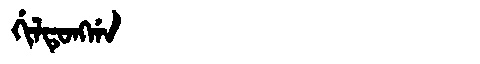
Manchu: ᡤᡳᠯᡨᡠᠩᡤᠠ
Romanization: GILTUNGGA